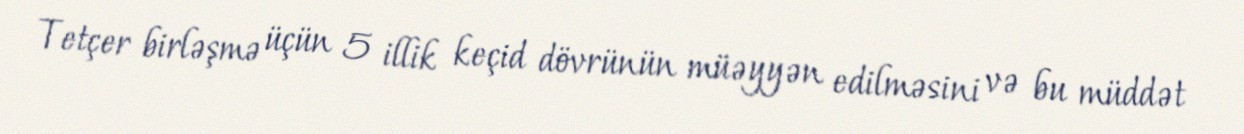
Tetçer birləşmə üçün 5 illik keçid dövrünün müəyyən edilməsini və bu müddət